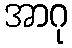
အာဂု